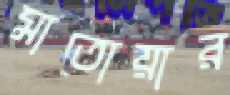
মাতোয়ার